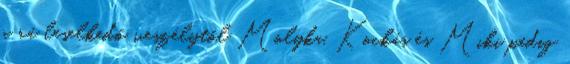
a rá leselkedő veszélytől Molyka, Kockás és Miki pedig